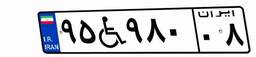
۹۵W۹۸۰۰۸